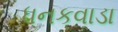
ધનકવાડા